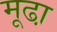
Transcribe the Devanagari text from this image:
मूढा़